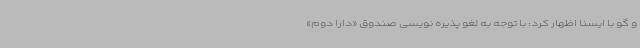
و گو با ایسنا اظهار کرد: با توجه به لغو پذیره نویسی صندوق «دارا دوم»